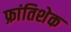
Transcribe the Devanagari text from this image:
फ्रांतिशेक